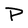
Character: P